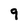
Character: 9